Civil Veterinary Dept. Assam report 1927-50 - 1927-1950
Year: 1927
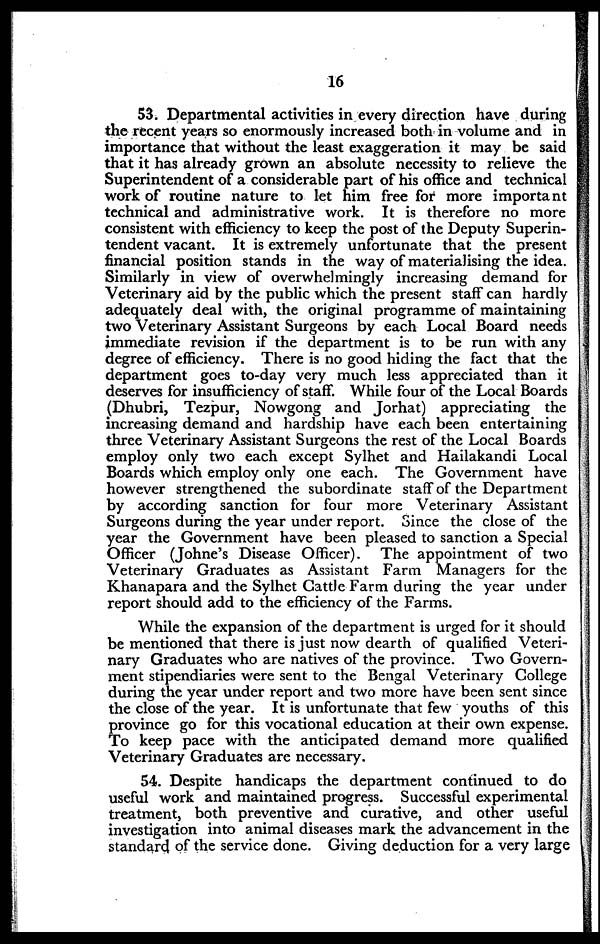
16
53. Departmental activities in every direction have during
the recent years so enormously increased both in volume and in
importance that without the least exaggeration it may be said
that it has already grown an absolute necessity to relieve the
Superintendent of a considerable part of his office and technical
work of routine nature to let him free for more important
technical and administrative work. It is therefore no more
consistent with efficiency to keep the post of the Deputy Superin-
tendent vacant. It is extremely unfortunate that the present
financial position stands in the way of materialising the idea.
Similarly in view of overwhelmingly increasing demand for
Veterinary aid by the public which the present staff can hardly
adequately deal with, the original programme of maintaining
two Veterinary Assistant Surgeons by each Local Board needs
immediate revision if the department is to be run with any
degree of efficiency. There is no good hiding the fact that the
department goes to-day very much less appreciated than it
deserves for insufficiency of staff. While four of the Local Boards
(Dhubri, Tezpur, Nowgong and Jorhat) appreciating the
increasing demand and hardship have each been entertaining
three Veterinary Assistant Surgeons the rest of the Local Boards
employ only two each except Sylhet and Hailakandi Local
Boards which employ only one each. The Government have
however strengthened the subordinate staff of the Department
by according sanction for four more Veterinary Assistant
Surgeons during the year under report. Since the close of the
year the Government have been pleased to sanction a Special
Officer (Johne's Disease Officer). The appointment of two
Veterinary Graduates as Assistant Farm Managers for the
Khanapara and the Sylhet Cattle Farm during the year under
report should add to the efficiency of the Farms.
While the expansion of the department is urged for it should
be mentioned that there is just now dearth of qualified Veteri-
nary Graduates who are natives of the province. Two Govern-
ment stipendiaries were sent to the Bengal Veterinary College
during the year under report and two more have been sent since
the close of the year. It is unfortunate that few youths of this
province go for this vocational education at their own expense.
To keep pace with the anticipated demand more qualified
Veterinary Graduates are necessary.
54. Despite handicaps the department continued to do
useful work and maintained progress. Successful experimental
treatment, both preventive and curative, and other useful
investigation into animal diseases mark the advancement in the
standard of the service done. Giving deduction for a very large